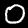
Digit: 0